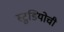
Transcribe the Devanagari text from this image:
स्टुडियोची